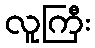
လူကြီး